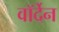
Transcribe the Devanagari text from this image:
वॉर्देन